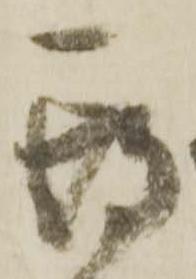
期